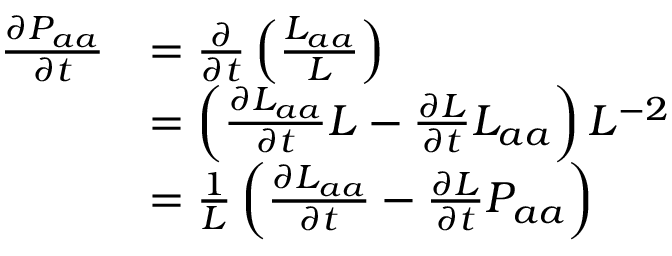
\begin{array} { r l } { \frac { \partial P _ { a a } } { \partial t } } & { = \frac { \partial } { \partial t } \left( \frac { L _ { a a } } { L } \right) } \\ & { = \left( \frac { \partial L _ { a a } } { \partial t } L - \frac { \partial L } { \partial t } L _ { a a } \right) L ^ { - 2 } } \\ & { = \frac { 1 } { L } \left( \frac { \partial L _ { a a } } { \partial t } - \frac { \partial L } { \partial t } P _ { a a } \right) } \end{array}